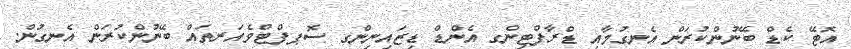
އޮޓޭ ކެޑް ބޭނުންކުރަން އެނގުމާއި ޑްރާފްޓިންގ އެންޑް ޑިޒައިނިންގ ސޮޕފްޓްވެއަރތައް ބޭނުންކުރަން އެނގުން.